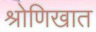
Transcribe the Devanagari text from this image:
श्रोणिखात